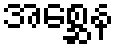
အစ္ဆေန